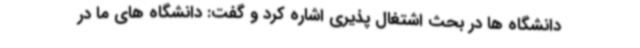
دانشگاه ها در بحث اشتغال پذیری اشاره کرد و گفت: دانشگاه های ما در